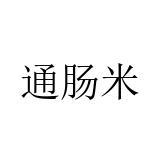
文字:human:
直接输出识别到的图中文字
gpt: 通肠米